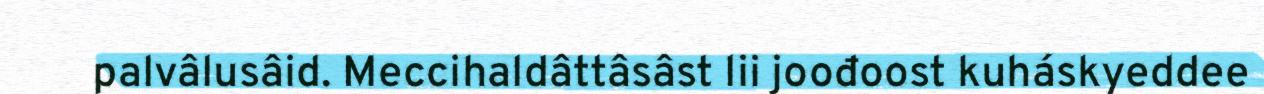
palvâlusâid. Meccihaldâttâsâst lii joođoost kuháskyeddee